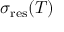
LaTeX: \sigma _ { \mathrm { r e s } } ( T )